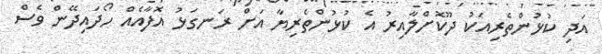
އަދި ކުޅުންތެރިއަކު ދޫކޮށްލާއިރު އެ ކުޅުންތެރިޔާ އަށް ރަނގަޅު އޮފާއެއް ހޯދައިދޭން ވެސް